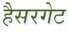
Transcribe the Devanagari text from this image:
हैसरगेट